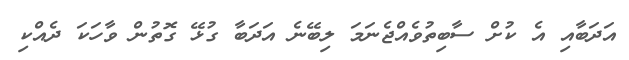
އަަދަބާއި އެ ކުށް ސާބިތުވެއްޖެނަމަ ލިބޭނެ އަދަބާ ގުޅޭ ގޮތުން ވާހަކަ ދެއްކި